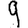
Digit: 9